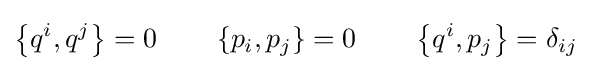
\left\{q^{i},q^{j}\right\}=0\qquad \left\{p_{i},p_{j}\right\}=0\qquad \left\{q^{i},p_{j}\right\}=\delta _{ij}